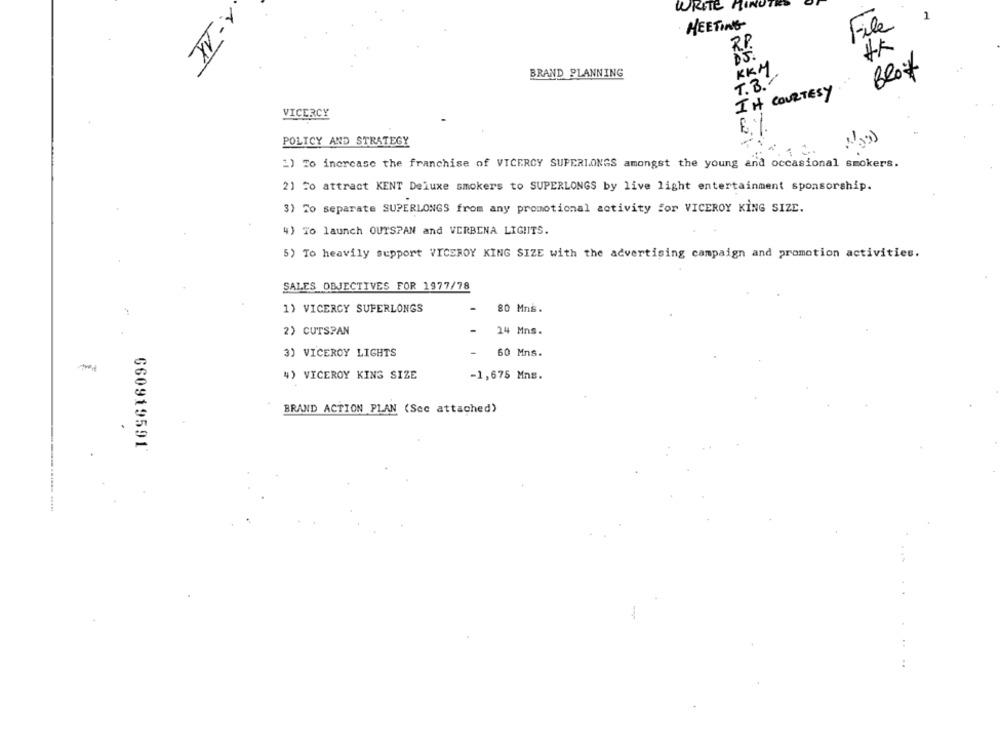
WRITE
1
MEETING
File
1-1X
BRAND PLANNING
KKM
Blot
T. B .
IN COURTESY
VICERCY
POLICY AND STRATEGY
1.
2) To increase the franchise of VICERCY SUPERLONGS amongst the young and occasional smokers.
21 20 attract KENT Deluxe smokers to SUPERLONGS by live light entertainment sponsorship.
3) To separate SUPERLONGS from any promotional activity for VICEROY KING SIZE.
4) To launch OUTSPAN and VERBENA LIGHTS.
5) To heavily support VICEROY KING SIZE with the advertising campaign and promotion activities.
SALES OBJECTIVES FOR 1977/78
1) VICERCY SUPERLONGS
80 Mns.
2) CUTSPAN
-
24 Mns.
3) VICEROY LIGHTS
-
60 Mns.
-
4) VICEROY KING SIZE
-1,675 Mns.
BRAND ACTION PLAN (Sec attached)
660919591
....